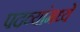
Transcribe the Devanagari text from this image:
पदव्यांमध्ये